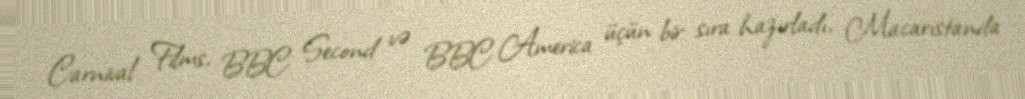
Carnival Films, BBC Second və BBC America üçün bir sıra hazırladı, Macarıstanda